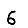
Digit: 6